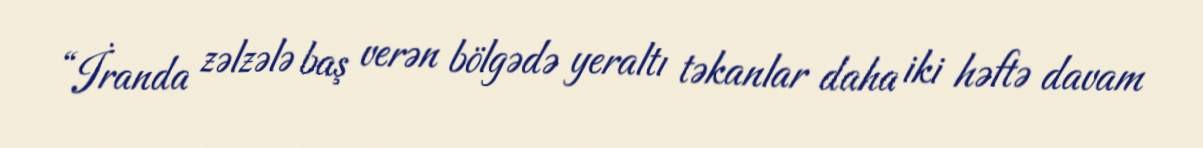
“İranda zəlzələ baş verən bölgədə yeraltı təkanlar daha iki həftə davam